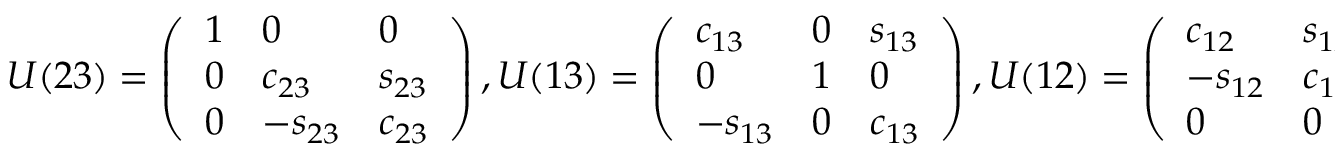
U ( 2 3 ) = \left( \begin{array} { l l l } { { 1 } } & { { 0 } } & { { 0 } } \\ { { 0 } } & { { c _ { 2 3 } } } & { { s _ { 2 3 } } } \\ { { 0 } } & { { - s _ { 2 3 } } } & { { c _ { 2 3 } } } \end{array} \right) , U ( 1 3 ) = \left( \begin{array} { l l l } { { c _ { 1 3 } } } & { { 0 } } & { { s _ { 1 3 } } } \\ { { 0 } } & { { 1 } } & { { 0 } } \\ { { - s _ { 1 3 } } } & { { 0 } } & { { c _ { 1 3 } } } \end{array} \right) , U ( 1 2 ) = \left( \begin{array} { l l l } { { c _ { 1 2 } } } & { { s _ { 1 2 } } } & { { 0 } } \\ { { - s _ { 1 2 } } } & { { c _ { 1 2 } } } & { { 0 } } \\ { { 0 } } & { { 0 } } & { { 1 } } \end{array} \right)